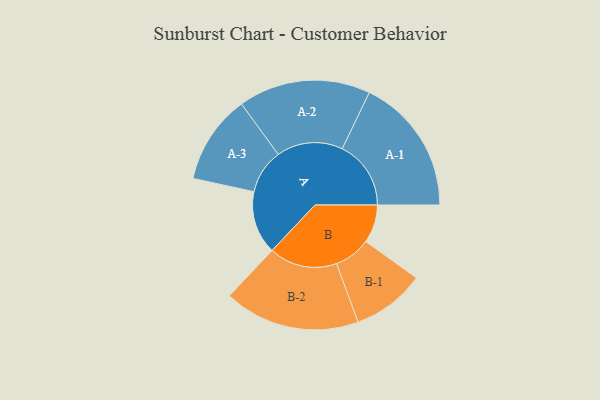
{"axis": {"x": "Segment", "y": "Value"}, "legend": ["", "A", "B"], "data": [{"x": "A", "y": 266, "type": ""}, {"x": "B", "y": 161, "type": ""}, {"x": "A-1", "y": 290, "type": "A"}, {"x": "A-2", "y": 279, "type": "A"}, {"x": "A-3", "y": 188, "type": "A"}, {"x": "B-1", "y": 154, "type": "B"}, {"x": "B-2", "y": 287, "type": "B"}]}